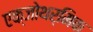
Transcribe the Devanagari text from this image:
एक्जोथर्मिक